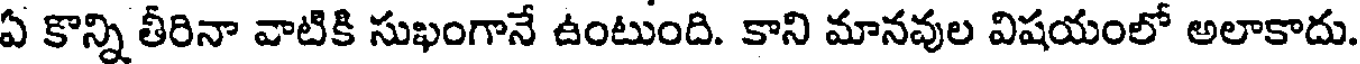
ఏ కొన్ని తీరినా వాటికి సుఖంగానే ఉంటుంది. కాని మానవుల విషయంలో అలాకాదు.